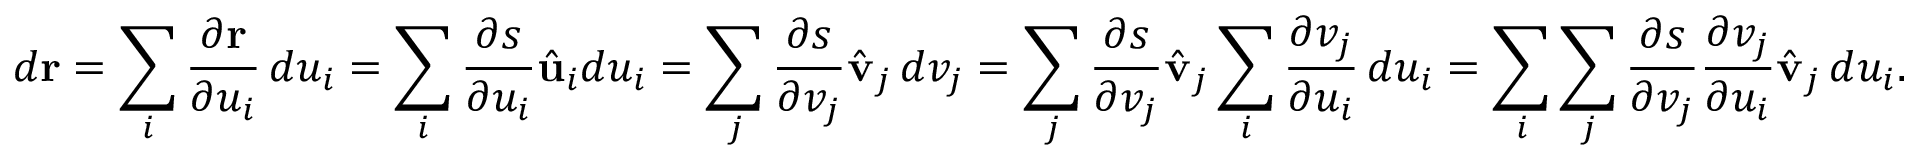
d \mathbf { r } = \sum _ { i } { \frac { \partial \mathbf { r } } { \partial u _ { i } } } \, d u _ { i } = \sum _ { i } { \frac { \partial s } { \partial u _ { i } } } { \hat { \mathbf { u } } } _ { i } d u _ { i } = \sum _ { j } { \frac { \partial s } { \partial v _ { j } } } { \hat { \mathbf { v } } } _ { j } \, d v _ { j } = \sum _ { j } { \frac { \partial s } { \partial v _ { j } } } { \hat { \mathbf { v } } } _ { j } \sum _ { i } { \frac { \partial v _ { j } } { \partial u _ { i } } } \, d u _ { i } = \sum _ { i } \sum _ { j } { \frac { \partial s } { \partial v _ { j } } } { \frac { \partial v _ { j } } { \partial u _ { i } } } { \hat { \mathbf { v } } } _ { j } \, d u _ { i } .